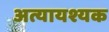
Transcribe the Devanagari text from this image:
अत्यायश्यक